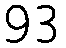
93